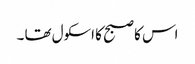
اس کا صبح کا اسکول تھا ۔